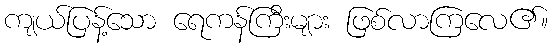
ကျယ်ပြန့်သော ရေကန်ကြီးများ ဖြစ်လာကြလေ၏။